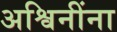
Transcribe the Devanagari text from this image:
अश्विनींना